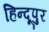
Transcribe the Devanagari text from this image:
हिन्दूपुर